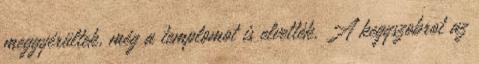
meggyérültek, még a templomot is elvették. A kegyszobrot az